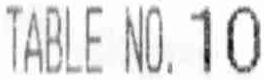
TABLE NO. 10